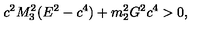
c ^ { 2 } M _ { 3 } ^ { 2 } ( E ^ { 2 } - c ^ { 4 } ) + m _ { 2 } ^ { 2 } G ^ { 2 } c ^ { 4 } > 0 ,